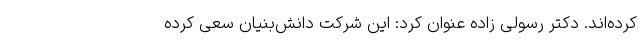
کرده‌اند. دکتر رسولی زاده عنوان کرد: این شرکت دانش‌بنیان سعی کرده